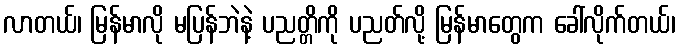
လာတယ်၊ မြန်မာလို မပြန်ဘဲနဲ့ ပညတ္တိကို ပညတ်လို့ မြန်မာတွေက ခေါ်လိုက်တယ်၊